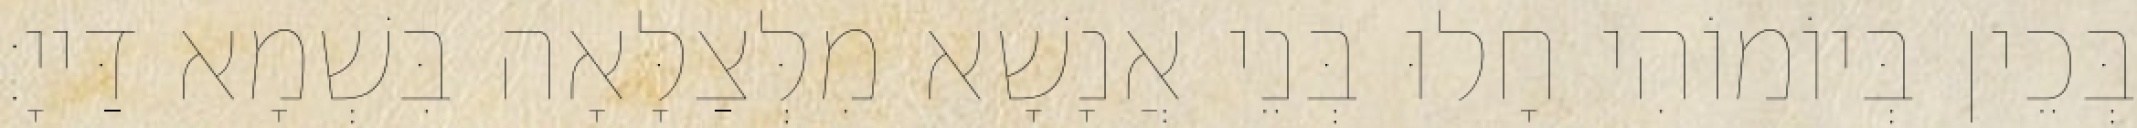
בְּכֵין בְּיוֹמוֹהִי חָלוּ בְּנֵי אֲנָשָׁא מִלְּצַלָּאָה בִּשְׁמָא דַּייָ׃